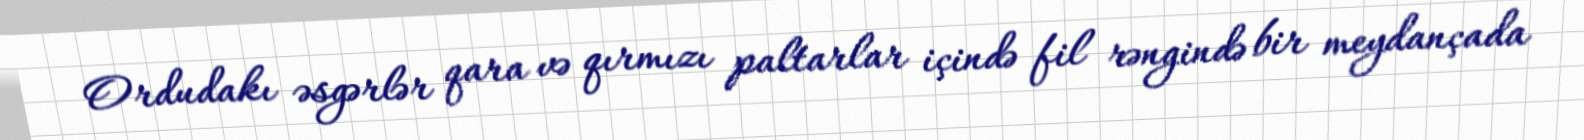
Ordudakı əsgərlər qara və qırmızı paltarlar içində fil rəngində bir meydançada